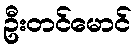
ဦးတင်မောင်